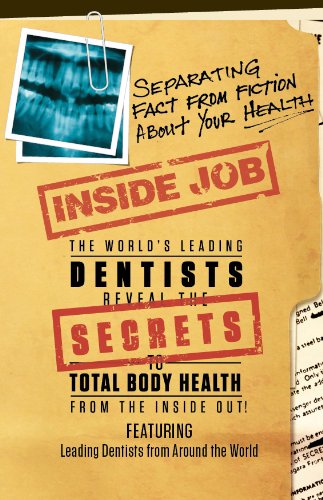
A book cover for Inside Job: Separating Fact from Fiction About YOUR Health; Tom Orent; Medical Books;